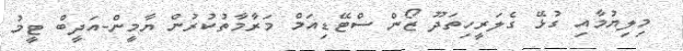
މިލިޔުމާއި ގުޅޭ ގެލަރީހިތަދޫ ޒޯން ސްޓޭޑިއަމް މަރާމާތުކުރުން ޔާމީން-އަދީބް ޓީމު